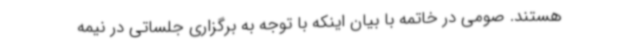
هستند. صومی در خاتمه با بیان اینکه با توجه به برگزاری جلساتی در نیمه